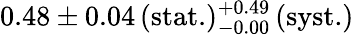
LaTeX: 0.48\pm 0.04\, (\mathrm{stat.})_{-0.00}^{+0.49}\, (\mathrm{syst.})